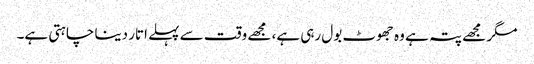
مگر مجھے پتہ ہے وہ جھوٹ بول رہی ہے، مجھے وقت سے پہلے اتار دینا چاہتی ہے۔